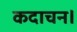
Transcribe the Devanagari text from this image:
कदाचन।